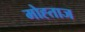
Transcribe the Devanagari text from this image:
मोह्ताज